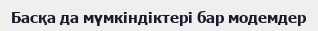
Басқа да мүмкіндіктері бар модемдер